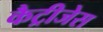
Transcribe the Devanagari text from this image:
कैट्रीजेस